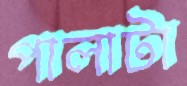
পালাটা